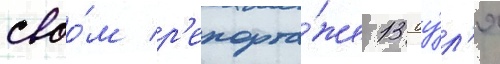
своо́м р'епорта́же 13 иу́л'я